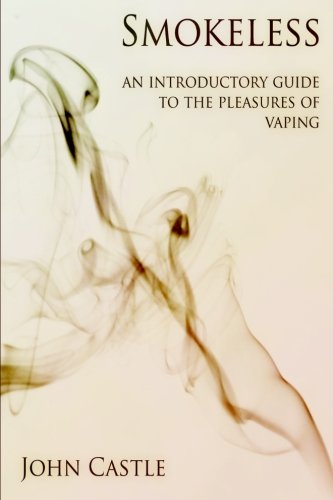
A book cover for Smokeless: An Introductory Guide To The Pleasures Of Vaping; John Castle; Health, Fitness & Dieting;